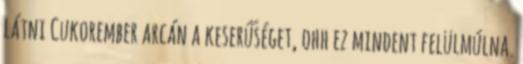
látni Cukorember arcán a keserűséget, ohh ez mindent felülmúlna.